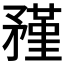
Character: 𥎊